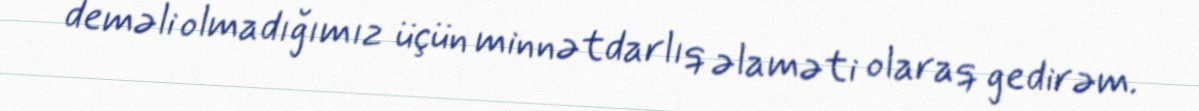
deməli olmadığımız üçün minnətdarlıq əlaməti olaraq gedirəm.